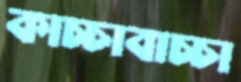
কাচ্চাবাচ্চা